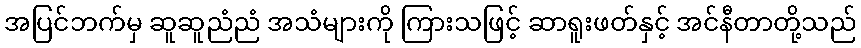
အပြင်ဘက်မှ ဆူဆူညံညံ အသံများကို ကြားသဖြင့် ဆာရူးဖတ်နှင့် အင်နီတာတို့သည်